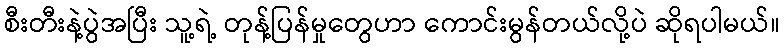
စီးတီးနဲ့ပွဲအပြီး သူ့ရဲ့ တုန့်ပြန်မှုတွေဟာ ကောင်းမွန်တယ်လို့ပဲ ဆိုရပါမယ်။